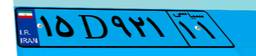
۱۵D۹۲۱۱۱